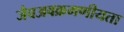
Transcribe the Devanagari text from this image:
जैवअवक्रमणीयता